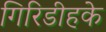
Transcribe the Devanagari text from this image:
गिरिडीहके